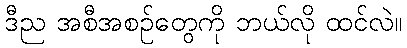
ဒီည အစီအစဉ်တွေကို ဘယ်လို ထင်လဲ။